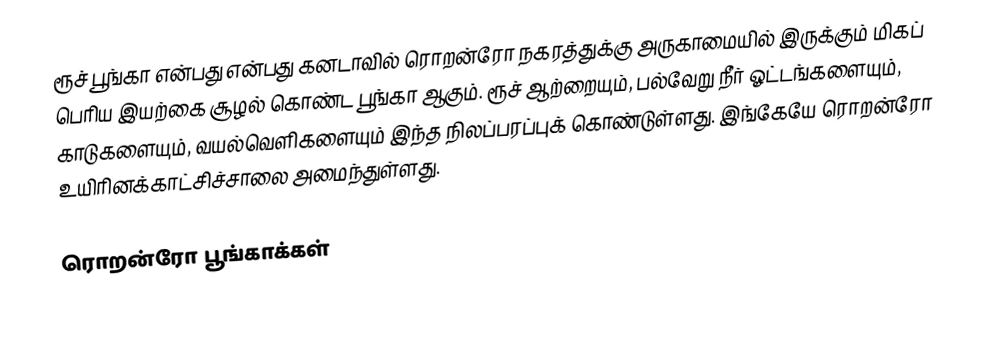
ரூச் பூங்கா என்பது என்பது கனடாவில் ரொறன்ரோ நகரத்துக்கு அருகாமையில் இருக்கும் மிகப் பெரிய இயற்கை சூழல் கொண்ட பூங்கா ஆகும். ரூச் ஆற்றையும், பல்வேறு நீர் ஓட்டங்களையும், காடுகளையும், வயல்வெளிகளையும் இந்த நிலப்பரப்புக் கொண்டுள்ளது. இங்கேயே ரொறன்ரோ உயிரினக்காட்சிச்சாலை அமைந்துள்ளது.

ரொறன்ரோ பூங்காக்கள்